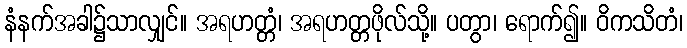
နံနက်အခါ၌သာလျှင်။ အရဟတ္တံ၊ အရဟတ္တဖိုလ်သို့။ ပတွာ၊ ရောက်၍။ ဝိကသိတံ၊